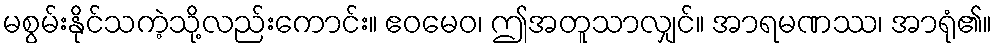
မစွမ်းနိုင်သကဲ့သို့လည်းကောင်း။ ဧဝမေဝ၊ ဤအတူသာလျှင်။ အာရမဏဿ၊ အာရုံ၏။